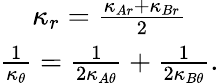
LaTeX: \begin{array}{c}{\kappa_{r}=\frac{\kappa_{Ar}+\kappa_{Br}}{2}}\\ {\frac{1}{\kappa_{\theta}}=\frac{1}{2\kappa_{A\theta}}+\frac{1}{2\kappa_{B\theta}}.}\end{array}